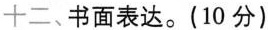
十二、书面表达。(10 分)